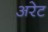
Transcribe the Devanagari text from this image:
अरेट